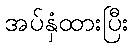
အပ်နှံထားပြီး